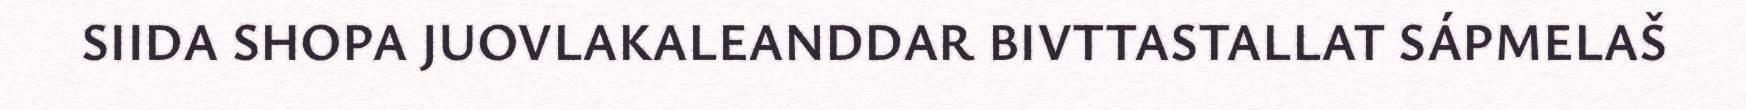
SIIDA SHOPA JUOVLAKALEANDDAR BIVTTASTALLAT SÁPMELAŠ